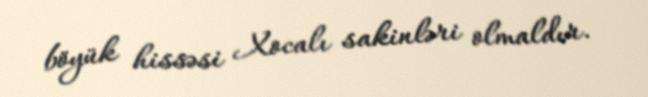
böyük hissəsi Xocalı sakinləri olmaldır.